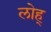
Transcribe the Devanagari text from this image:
लोह्